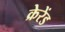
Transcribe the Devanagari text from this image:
क्रेरेंड